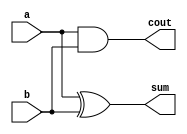
`timescale 1ns / 1ps
//////////////////////////////////////////////////////////////////////////////////
// Company: 
// Engineer: 
// 
// Design Name: 
// Module Name:    half_adder 
// Project Name: 
// Target Devices: 
// Tool versions: 
// Description: 
//
// Dependencies: 
//
// Revision: 
// Revision 0.01 - File Created
// Additional Comments: 
//
//////////////////////////////////////////////////////////////////////////////////
module half_adder(
    input a,
    input b,
    output sum,
    output cout
    );
	
	xor #(10) g0(sum,a,b);
	and #(5) g1(cout,a,b);

endmodule